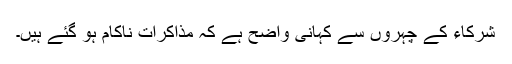
شرکاء کے چہروں سے کہانی واضح ہے کہ مذاکرات ناکام ہو گئے ہیں۔